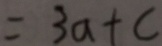
= 3 a + c